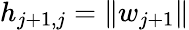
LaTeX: h_{j+1,j}=\| w_{j+1}\|